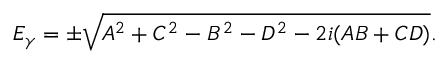
\begin{array} { r } { E _ { \gamma } = \pm \sqrt { A ^ { 2 } + C ^ { 2 } - B ^ { 2 } - D ^ { 2 } - 2 i ( A B + C D ) } . } \end{array}